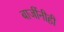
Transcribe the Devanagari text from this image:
बाजींनीही